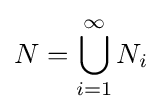
{N}=\bigcup _{i=1}^{\infty }{N}_{i}